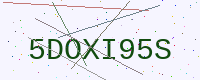
Text: 5DOXI95S